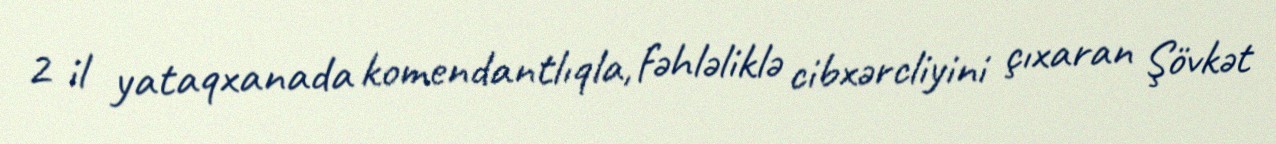
2 il yataqxanada komendantlıqla, fəhləliklə cibxərcliyini çıxaran Şövkət